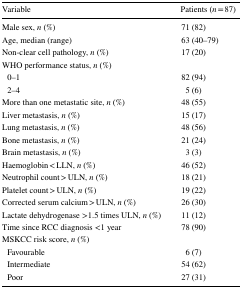
| Variable | Patients (n = 87) |
 | --- | --- |
 | Male sex, n (%) | 71 (82) |
 | Age, median (range) | 63 (40–79) |
 | Non-clear cell pathology, n (%) | 17 (20) |
 | <COLSPAN=2> WHO performance status, n (%) |
 | 0–1 | 82 (94) |
 | 2–4 | 5 (6) |
 | More than one metastatic site, n (%) | 48 (55) |
 | Liver metastasis, n (%) | 15 (17) |
 | Lung metastasis, n (%) | 48 (56) |
 | Bone metastasis, n (%) | 21 (24) |
 | Brain metastasis, n (%) | 3 (3) |
 | Haemoglobin < LLN, n (%) | 46 (52) |
 | Neutrophil count > ULN, n (%) | 18 (21) |
 | Platelet count > ULN, n (%) | 19 (22) |
 | Corrected serum calcium > ULN, n (%) | 26 (30) |
 | Lactate dehydrogenase >1.5 times ULN, n (%) | 11 (12) |
 | Time since RCC diagnosis <1 year | 78 (90) |
 | <COLSPAN=2> MSKCC risk score, n (%) |
 | Favourable | 6 (7) |
 | Intermediate | 54 (62) |
 | Poor | 27 (31) |